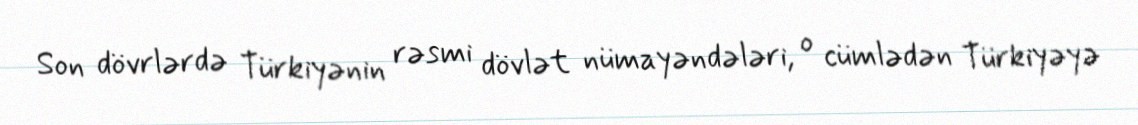
Son dövrlərdə Türkiyənin rəsmi dövlət nümayəndələri, o cümlədən Türkiyəyə